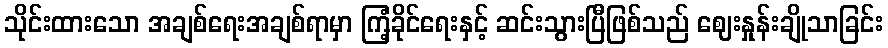
သိုင်းထားသော အချစ်ရေးအချစ်ရာမှာ ကြံ့ခိုင်ရေးနှင့် ဆင်းသွားပြီဖြစ်သည် ဈေးနှုန်းချိုသာခြင်း